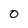
Character: 0